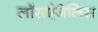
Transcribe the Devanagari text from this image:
लॉसएंजेलिस